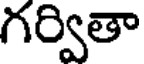
గర్వితా